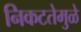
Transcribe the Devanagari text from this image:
निकटतेमुळे